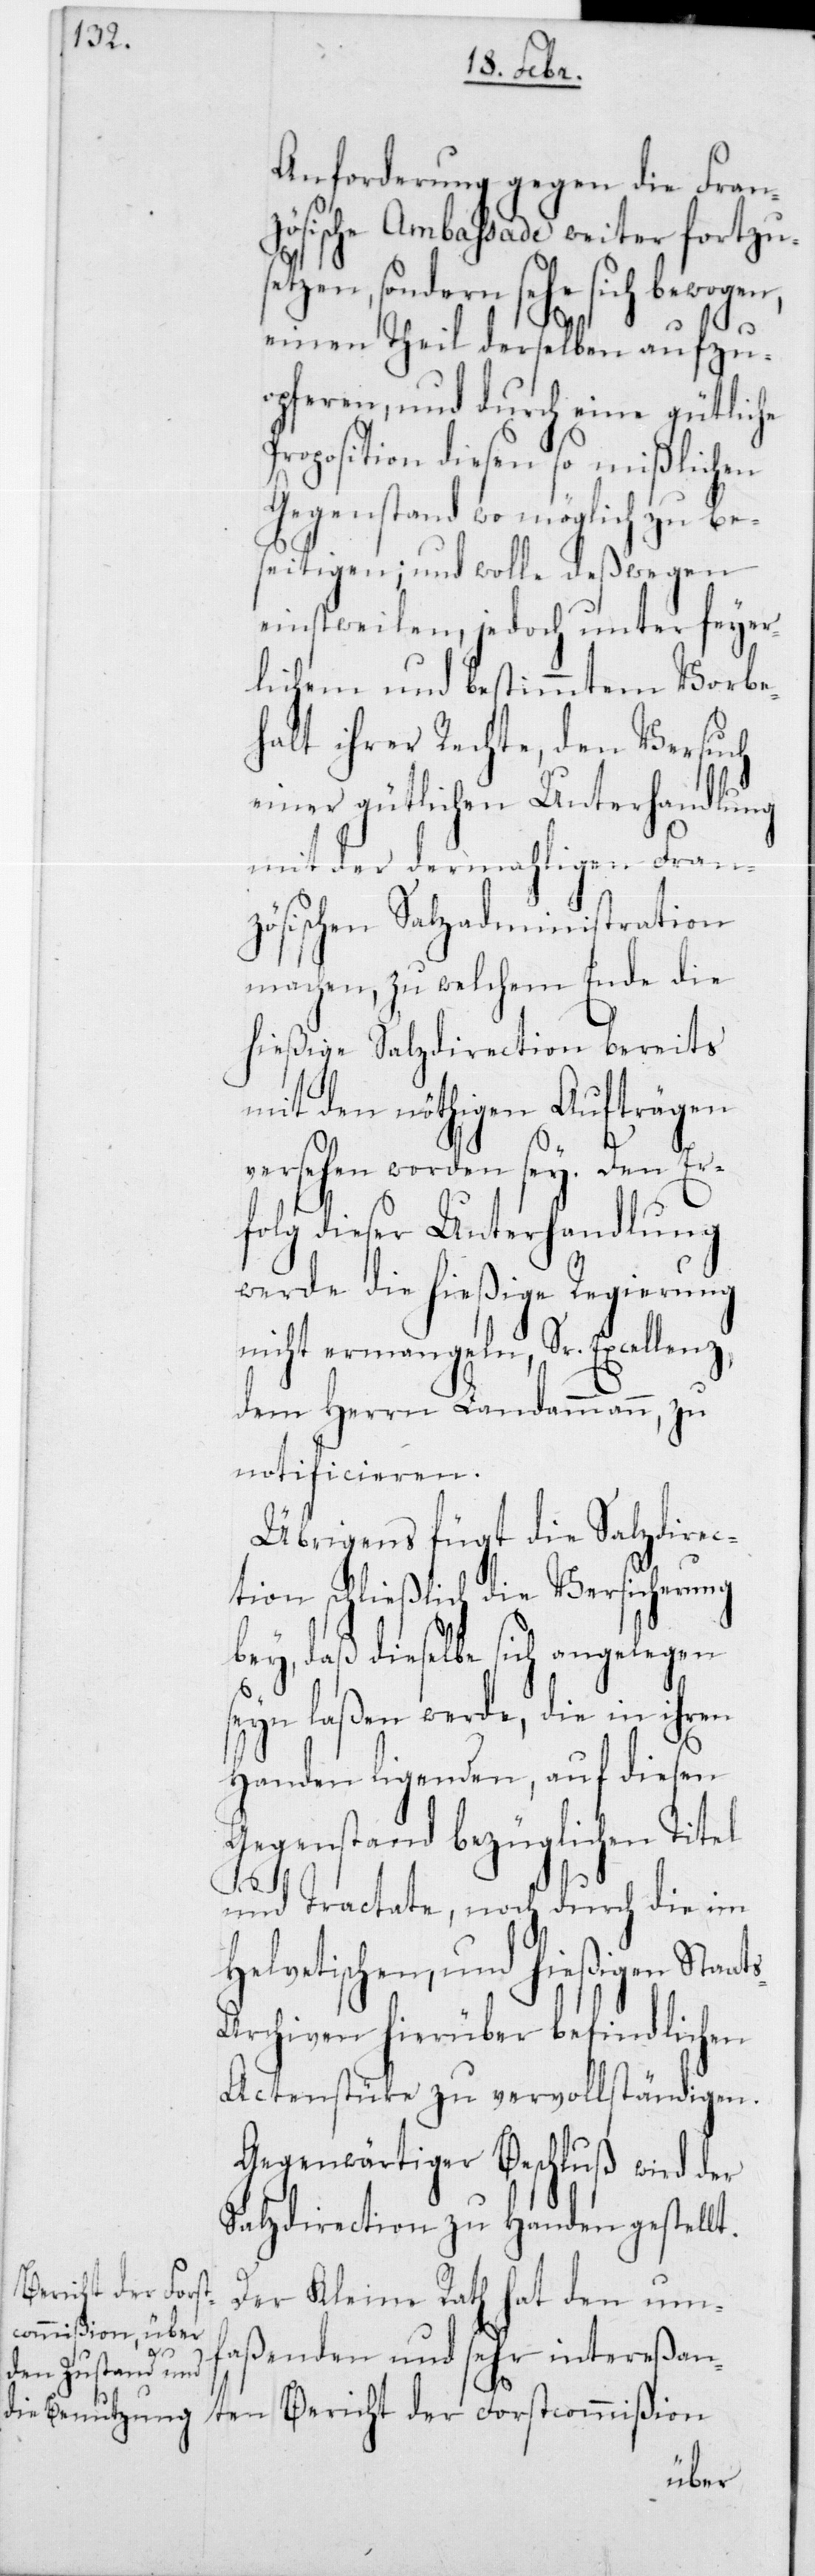
s-A¬

Anforderung gegen die Fran¬
zösische Ambassade weiter fortzu¬
setzen, sondern sehe sich bewogen,
einen Theil derselben aufzu¬
opferen, und durch eine gütliche
Proposition diesen so mißlichen
Gegenstand wo möglich zu be¬
seitigen; und wolle deßwegen
einstweilen, jedoch unter feyer¬
lichem und bestimmtem Vorbe¬
halt ihrer Rechte, den Versuch
einer gütlichen Unterhandlung
mit der dermahligen Fran¬
zösischen Salzadministration
machen, zu welchem Ende die
hießige Salzdirection bereits
mit den nöthigen Aufträgen
versehen worden sey. Den Er¬
folg dieser Unterhandlung
werde die hießige Regierung
nicht ermangeln, Sr. Excellenz,
dem Herrn Landammann, zu
notificieren.
Übrigens fügt die Salzdirec¬
tion schließlich die Versicherung
bey, daß dieselbe sich angelegen
seyn laßen werde, die in ihren
Handen liegenden, auf diesen
Gegenstand bezüglichen Titel
und Tractate, noch durch die im
Helvetischen, und hießigen Staat¬
rchiven hierüber befindlichen
Actenstücke zu vervollständigen.
Gegenwärtiger Beschluß wird der
Salzdirection zu Handen gestellt.
Der Kleine Rath hat den um¬
faßenden und sehr intereßan¬
ten Bericht der Forstcommißion